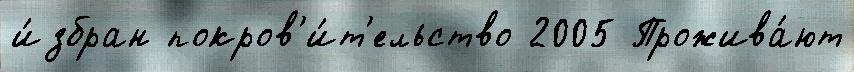
и́збран покров'и́т'ельство 2005 Прожива́ют